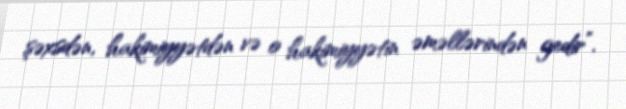
şəxsdən, hakimiyyətdən və o hakimiyyətin əməllərindən gedir”.